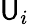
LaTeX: \mathsf{U}_{i}